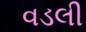
વડલી